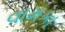
વામકા